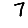
Digit: 7